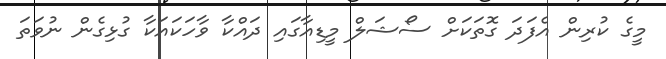
މީގެ ކުރިން އެފަދަ ގޮތަކަށް ސޯޝަލް މީޑިއާގައި ދައްކާ ވާހަކައަކާ ގުޅިގެން ނުވަތަ